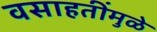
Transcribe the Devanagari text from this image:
वसाहतींमुळे